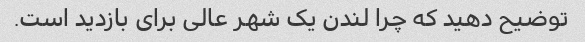
توضیح دهید که چرا لندن یک شهر عالی برای بازدید است.